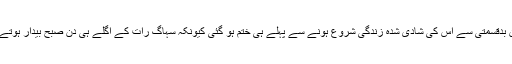
مذکورہ شخص کی جب شادی ہوئی تو یقینا اس کے پاؤں زمین پر نہ ٹک رہے ہوں گے لیکن بدقسمتی سے اس کی شادی شدہ زندگی شروع ہونے سے پہلے ہی ختم ہو گئی کیونکہ سہاگ رات کے اگلے ہی دن صبح بیدار ہوتے ہی جب اپنی اہلیہ کی میک اپ کے بغیر ’اصل‘ شکل دیکھی تو اس کی چیخیں ہی نکل گئیں۔